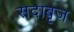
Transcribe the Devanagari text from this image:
सदाबृज